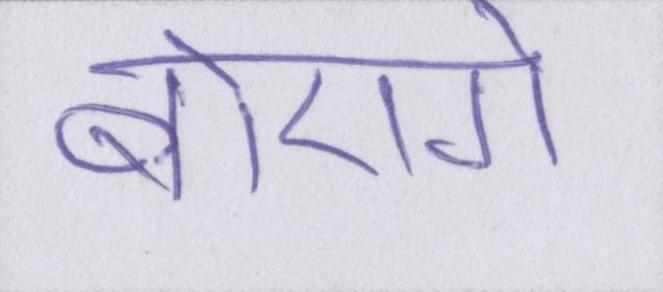
बोएगे